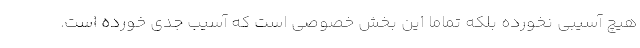
هیچ آسیبی نخورده بلکه تماماً این بخش خصوصی است که آسیب جدی خورده است.